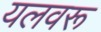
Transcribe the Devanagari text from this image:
यलवरू